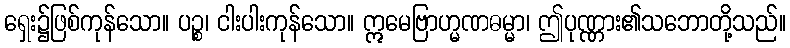
ရှေး၌ဖြစ်ကုန်သော။ ပဉ္စ၊ ငါးပါးကုန်သော။ ဣမေဗြာဟ္မဏဓမ္မာ၊ ဤပုဏ္ဏား၏သဘောတို့သည်။